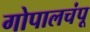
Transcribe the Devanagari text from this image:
गोपालचंपू